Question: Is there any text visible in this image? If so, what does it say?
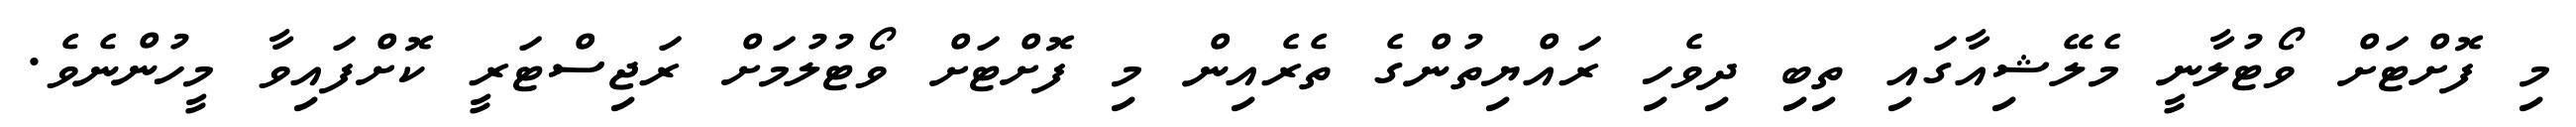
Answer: މި ފޮށްޓަށް ވޯޓުލާނީ މެލޭޝިއާގައި ތިބި ދިވެހި ރައްޔިތުންގެ ތެރެއިން މި ފޮށްޓަށް ވޯޓުލުމަށް ރަޖިސްޓަރީ ކޮށްފައިވާ މީހުންނެވެ.